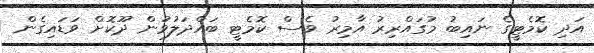
އަދި ކޮމެޓީގެ ނައިބު މުގައްރިރު އާމިރު ވެސް ކޮމެޓީ ބައްދަލުވުން ދޫކޮށް ވަޑައިގެން